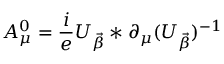
A _ { \mu } ^ { 0 } = \frac { i } { e } U _ { \vec { \beta } } * \partial _ { \mu } ( U _ { \vec { \beta } } ) ^ { - 1 }